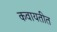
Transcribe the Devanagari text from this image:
कवायतीत